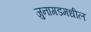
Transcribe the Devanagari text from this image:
जुनागडमधील